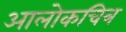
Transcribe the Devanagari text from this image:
आलोकचित्र